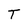
Character: T